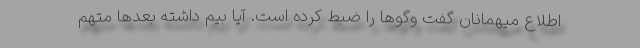
اطلاع میهمانان گفت وگوها را ضبط کرده است. آیا بیم داشته بعدها متهم